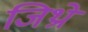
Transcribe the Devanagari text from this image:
जिथ्रो